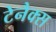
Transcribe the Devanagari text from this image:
टेनैक्स